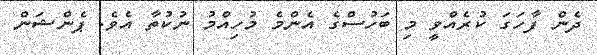
ދެން ފާހަގަ ކުރެއްވީ މި ބަހުސްގެ އެންމެ މުހިއްމު ނުކުތާ އެވެ. ޕެންޝަން